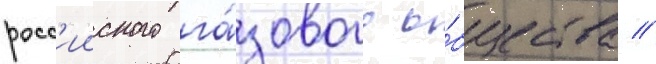
росс'ииского га́зового о́бщества //